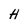
Character: H